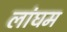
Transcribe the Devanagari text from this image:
लांघम